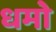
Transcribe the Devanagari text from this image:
धमो